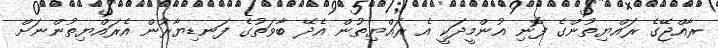
ރާއްޖޭގެ ރައްޔިތުންގެ ފޮނި އުންމީދަކީ އެ ރައްޔިތުން އެދޭ ބާވަތުގެ ފަނޑިޔާރުން އެރައްޔިތުންނަށް